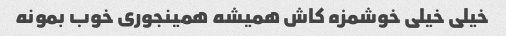
خیلی خیلی خوشمزه کاش همیشه همینجوری خوب بمونه